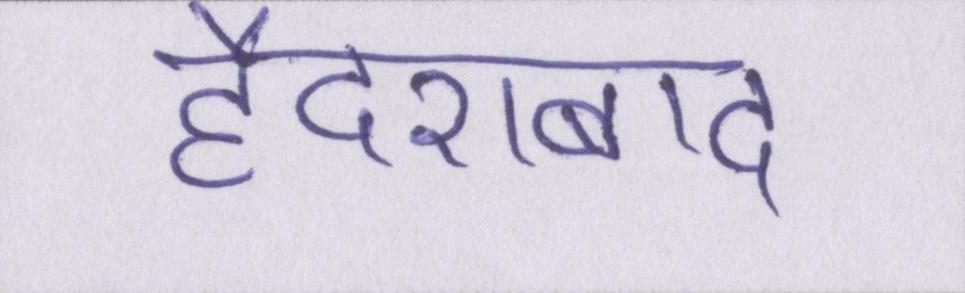
हैदराबाद